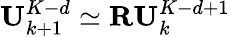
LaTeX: \mathbf{U}_{k+1}^{K-d}\simeq\mathbf{R}\mathbf{U}_{k}^{K-d+1}